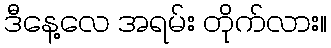
ဒီနေ့လေ အရမ်း တိုက်လား။